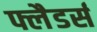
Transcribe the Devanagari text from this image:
फ्लैडर्स